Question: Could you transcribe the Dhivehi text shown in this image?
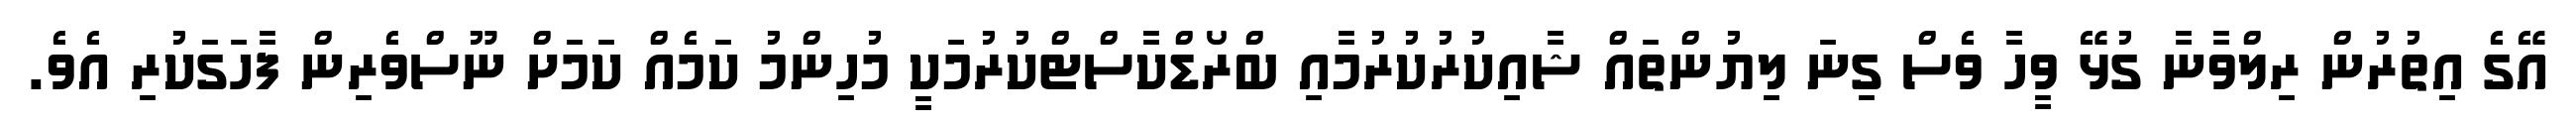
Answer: އޭގެ އިތުރުން ރިލްވާނާ ގުޅޭ ވީހާ ވެސް ގިނަ ލިޔުންތައް ޝާއިކުރުކުރުމާއި ބްރޯޑްކާސްޓްކުރުމަކީ މުހިންމު ކަމެއް ކަމަށް ނޫސްވެރިން ފާހަގަކުރި އެވެ.